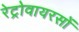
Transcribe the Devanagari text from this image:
रेट्रोवायरसों